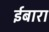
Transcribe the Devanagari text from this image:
ईबारा